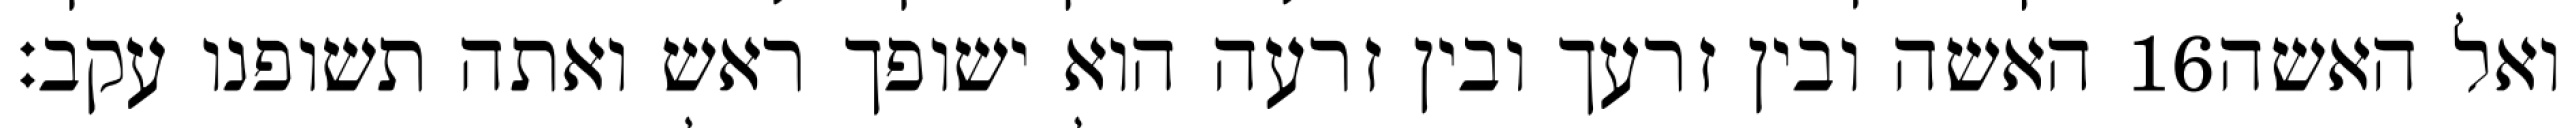
האשה ובין זרעך ובין זרעה הוא ישופך ראש ואתה תשופנו עקב׃ ‎16‏ ואל האשה